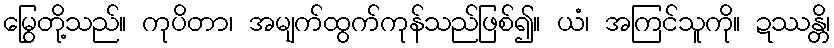
မြွေတို့သည်။ ကုပိတာ၊ အမျက်ထွက်ကုန်သည်ဖြစ်၍။ ယံ၊ အကြင်သူကို။ ဍဿန္တိ၊